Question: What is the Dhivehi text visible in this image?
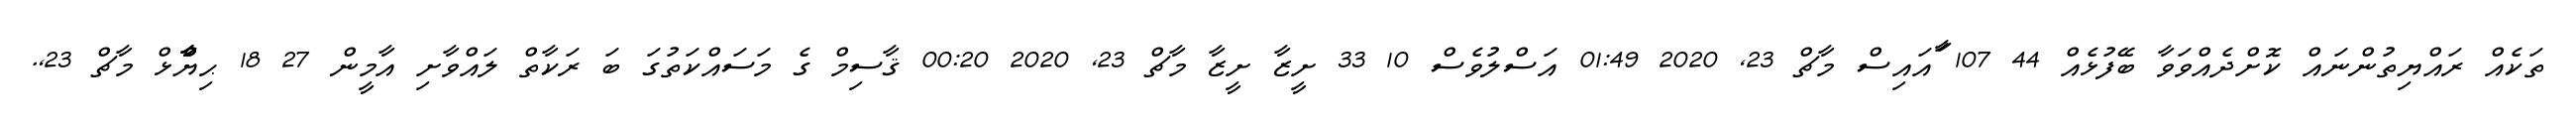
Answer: ތަކެއް ރައްޔިތުންނައް ކޮށްދެއްވަވާ ބޭފުޅެއް 44 107 ާައައިސް މާޗް 23, 2020 01:49 އަސްލުވެސް 10 33 ށީޒާ ށީޒާ މާޗް 23, 2020 00:20 ޤާސިމް ގެ މަސައްކަތުގަ ބަ ރަކާތް ލައްވާށި އާމީން 27 18 ޙިޔާާްްޅް މާޗް 23,.